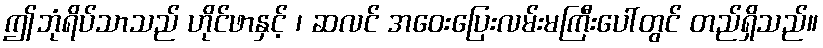
ဤဘုံရိပ်သာသည် ဟိုင်ဖာနှင့် ၊ ဆလင် အဝေးပြေးလမ်းမကြီးပေါ်တွင် တည်ရှိသည်။